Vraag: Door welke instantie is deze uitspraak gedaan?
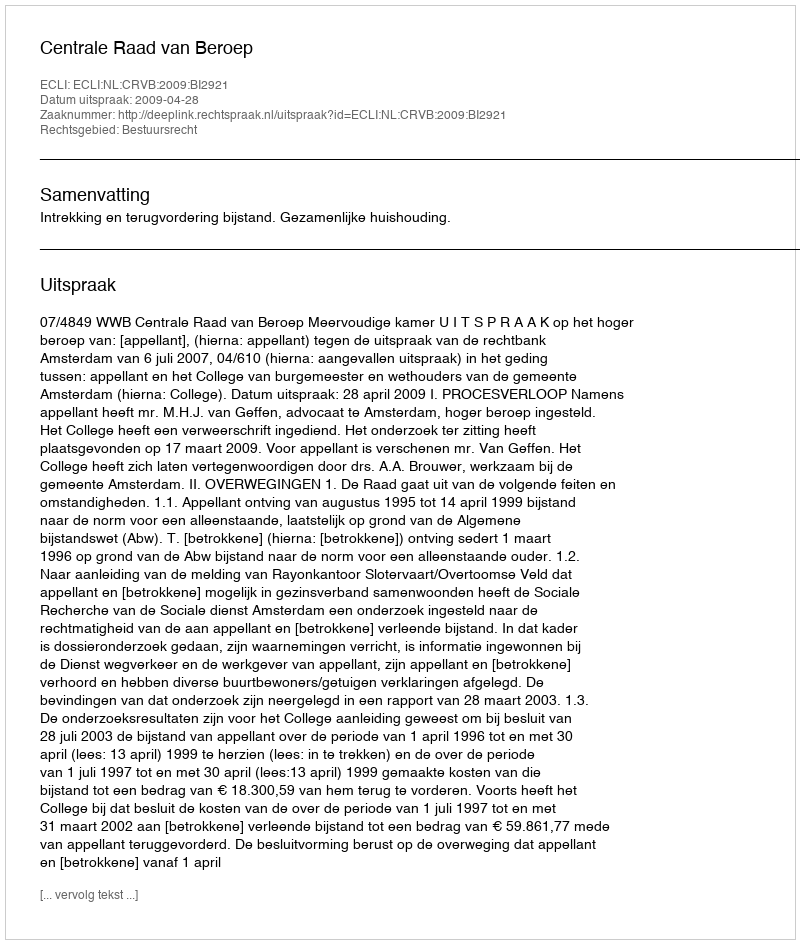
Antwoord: Centrale Raad van Beroep